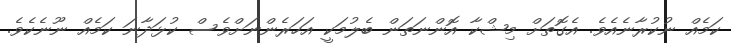
ކަމެއް ނުކުރާނެއެވެ. އެގޮތަށް މިޝްކާ އޮންނަތަން ބެލުމަކީ އަހަރެންނަށްވެސް ކުޅަދާނަ ކަމެއް ނޫނެކެވެ.